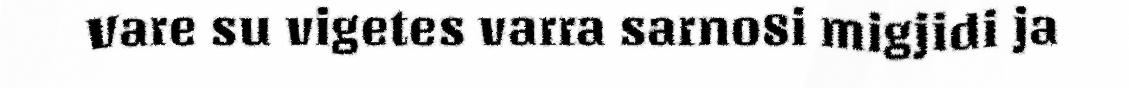
Vare su vigetes varra sarno8i migjidi ja